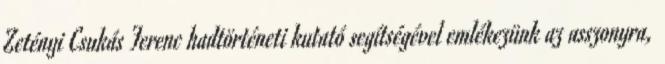
Zetényi Csukás Ferenc hadtörténeti kutató segítségével emlékezünk az asszonyra,